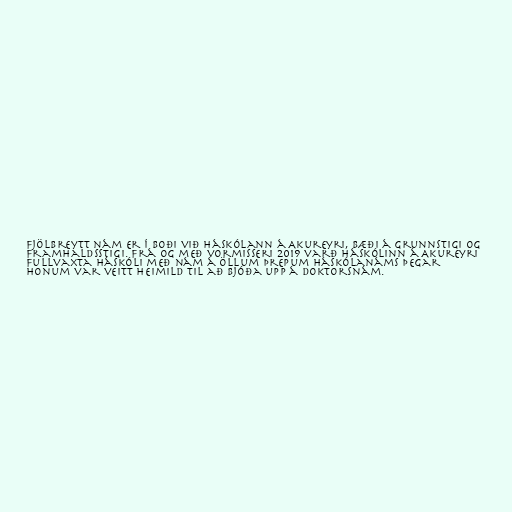
Fjölbreytt nám er í boði við Háskólann á Akureyri, bæði á grunnstigi og
framhaldsstigi. Frá og með vormisseri 2019 varð Háskólinn á Akureyri
fullvaxta háskóli með nám á öllum þrepum háskólanáms þegar
honum var veitt heimild til að bjóða upp á doktorsnám.